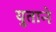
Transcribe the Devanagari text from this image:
युताने